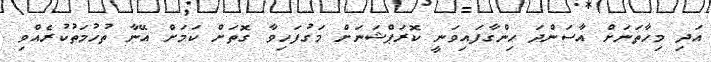
އަދި މިހާތަނަށް އާސަންދަ ހިންގާފައިވަނީ ކޮރަޕްޝަނަށް މަގުފަހިވާ ގޮތަށް ކަމަށް އޭނާ ތުހުމަތުކުރެއްވި